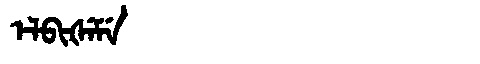
Manchu: ᡝᠯᠪᡳᡧᡝᠮᡝ
Romanization: ELBIŠEME